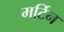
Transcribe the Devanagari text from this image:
मर्टिन